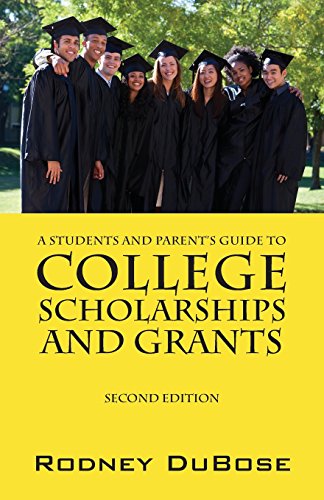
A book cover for A Students and Parent's Guide to College Scholarships and Grants; Rodney Dubose; Education & Teaching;